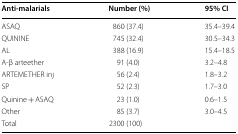
<table><thead><tr><td><b>Anti-malarials</b></td><td><b>Number (%)</b></td><td><b>95% CI</b></td></tr></thead><tbody><tr><td>ASAQ</td><td>860 (37.4)</td><td>35.4–39.4</td></tr><tr><td>QUININE</td><td>745 (32.4)</td><td>30.5–34.3</td></tr><tr><td>AL</td><td>388 (16.9)</td><td>15.4–18.5</td></tr><tr><td>A-β arteether</td><td>91 (4.0)</td><td>3.2–4.8</td></tr><tr><td>ARTEMETHER inj</td><td>56 (2.4)</td><td>1.8–3.2</td></tr><tr><td>SP</td><td>52 (2.3)</td><td>1.7–3.0</td></tr><tr><td>Quinine + ASAQ</td><td>23 (1.0)</td><td>0.6–1.5</td></tr><tr><td>Other</td><td>85 (3.7)</td><td>3.0–4.5</td></tr><tr><td>Total</td><td>2300 (100)</td><td></td></tr></tbody></table>